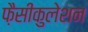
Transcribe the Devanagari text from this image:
फ़ैसीकुलेशन